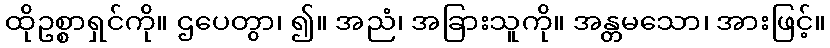
ထိုဥစ္စာရှင်ကို။ ဌပေတွာ၊ ၍။ အညံ၊ အခြားသူကို။ အန္တမသော၊ အားဖြင့်။